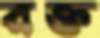
রক্ত